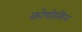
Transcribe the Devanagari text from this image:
कोपोत्किन